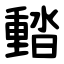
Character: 濌